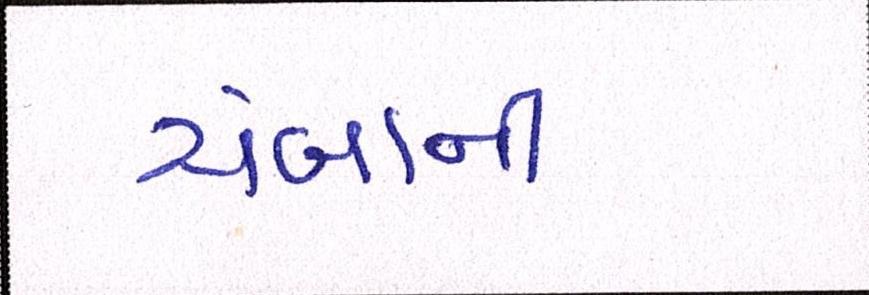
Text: ચંબાની